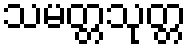
သမတ္တသုတ္တ